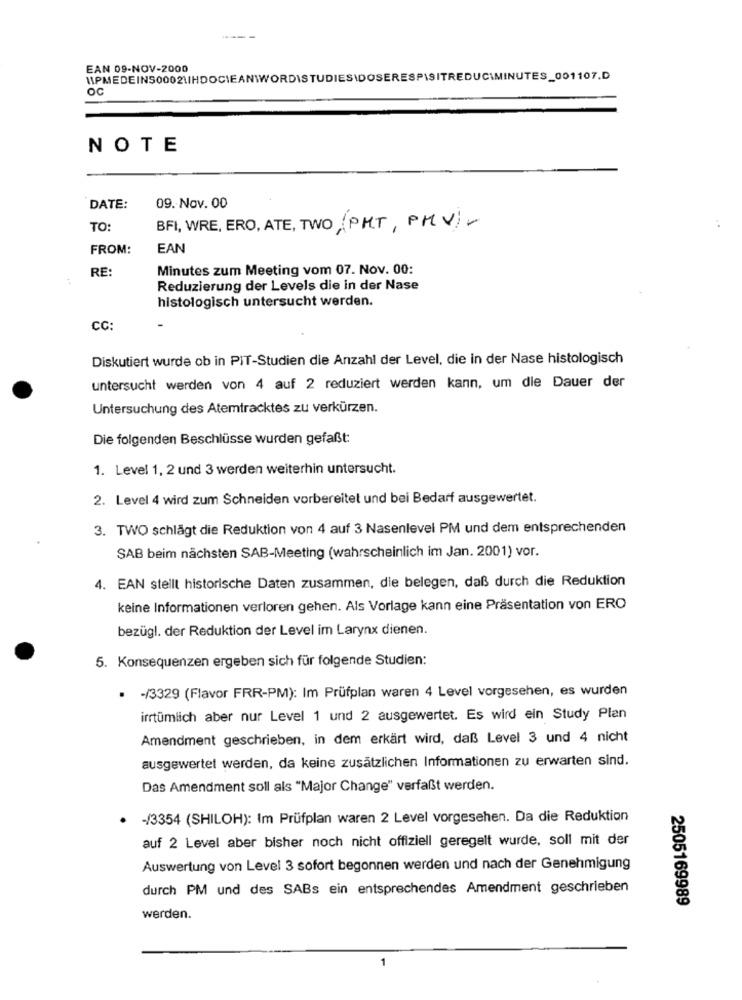
EAN 09-NOV-2000
UPMEDEINS00021IHDOCIEANTWORDISTUDIES\DOSERESPISITREDUCIMINUTES_001107.D
OC
NOTE
DATE:
09. Nov. 00
TO:
BFI, WRE, ERO, ATE, TWO (PMT, PHV)-
FROM:
EAN
RE:
Minutes zum Meeting vom 07. Nov. 00:
Reduzierung der Levels die in der Nase
histologisch untersucht werden.
CC:
Diskutiert wurde ob in PIT-Studien die Anzahl der Level, die in der Nase histologisch
untersucht werden von 4 auf 2 reduziert werden kann, um die Dauer der
Untersuchung des Atemtracktes zu verkürzen.
Die folgenden Beschlüsse wurden gefaßt:
1. Level 1, 2 und 3 werden weiterhin untersucht.
2. Level 4 wird zum Schneiden vorbereitet und bei Bedarf ausgewertet.
3. TWO schlägt die Reduktion von 4 auf 3 Nasenlevel PM und dem entsprechenden
SAB beim nächsten SAB-Meeting (wahrscheinlich im Jan. 2001) vor.
4. EAN stellt historische Daten zusammen, die belegen, daß durch die Reduktion
keine Informationen verloren gehen. Als Vorlage kann eine Präsentation von ERO
bezügl. der Reduktion der Level im Larynx dienen.
5. Konsequenzen ergeben sich für folgende Studien:
· - /3329 (Flavor FRR-PM): Im Prüfplan waren 4 Level vorgesehen, es wurden
irrtümlich aber nur Level 1 und 2 ausgewertet. Es wird ein Study Plan
Amendment geschrieben, in dem erkärt wird, daß Level 3 und 4 nicht
ausgewertet werden, da keine zusätzlichen Informationen zu erwarten sind.
Das Amendment soll als "Major Change" verfaßt werden.
· - /3354 (SHILOH): Im Prüfplan waren 2 Level vorgesehen. Da die Reduktion
auf 2 Level aber bisher noch nicht offiziell geregelt wurde, soll mit der
Auswertung von Level 3 sofort begonnen werden und nach der Genehmigung
durch PM und des SABs ein entsprechendes Amendment geschrieben
2505169989
werden.
1